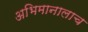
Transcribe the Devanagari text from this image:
अभिमानालाच